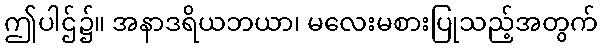
ဤပါဌ်၌။ အနာဒရိယဘယာ၊ မလေးမစားပြုသည့်အတွက်